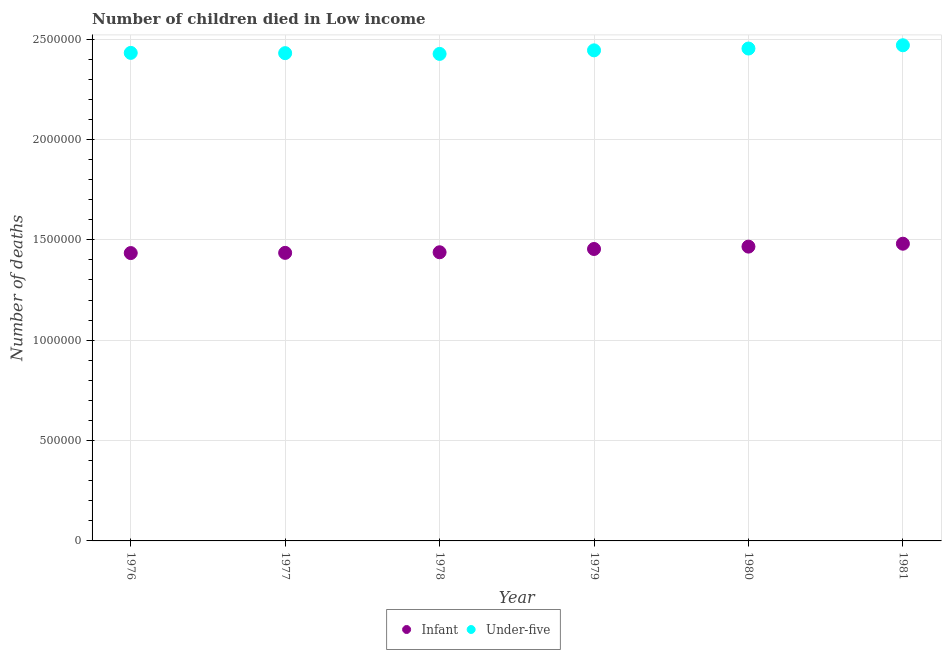
| Year | Infant | Under-five |
 | --- | --- | --- |
 | 1976 | 1.43e+06 | 2.43e+06 |
 | 1977 | 1.43e+06 | 2.43e+06 |
 | 1978 | 1.44e+06 | 2.43e+06 |
 | 1979 | 1.45e+06 | 2.44e+06 |
 | 1980 | 1.47e+06 | 2.45e+06 |
 | 1981 | 1.48e+06 | 2.47e+06 |